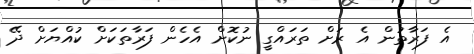
އެ ފަރާތުން އެ ރަށް ތަރައްގީ ނުކޮށް އެހެން ފަރާތަކަށް ކުއްޔަށް ދޭ